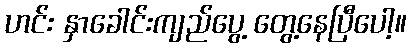
ဟင်း နှာခေါင်းကျည်ပွေ့ တွေ့နေပြီပေါ့။